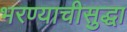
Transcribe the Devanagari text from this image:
भरण्याचीसुद्धा